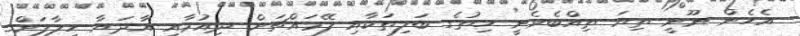
އެހެން ނޫނީ ތިޔަ ތިއްބެވެނީ ހިތުގެ ބަލިތަކާއި ލޭމައްޗަށް ދިއުމާއި އާދަޔާ ހިލާފަށް